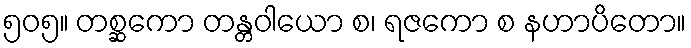
၅၀၅။ တစ္ဆကော တန္တဝါယော စ၊ ရဇကော စ နဟာပိတော။